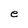
Character: e